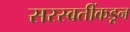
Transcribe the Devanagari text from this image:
सरस्वतींकडून